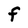
Character: F